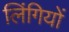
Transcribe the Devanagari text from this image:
लिंगियों